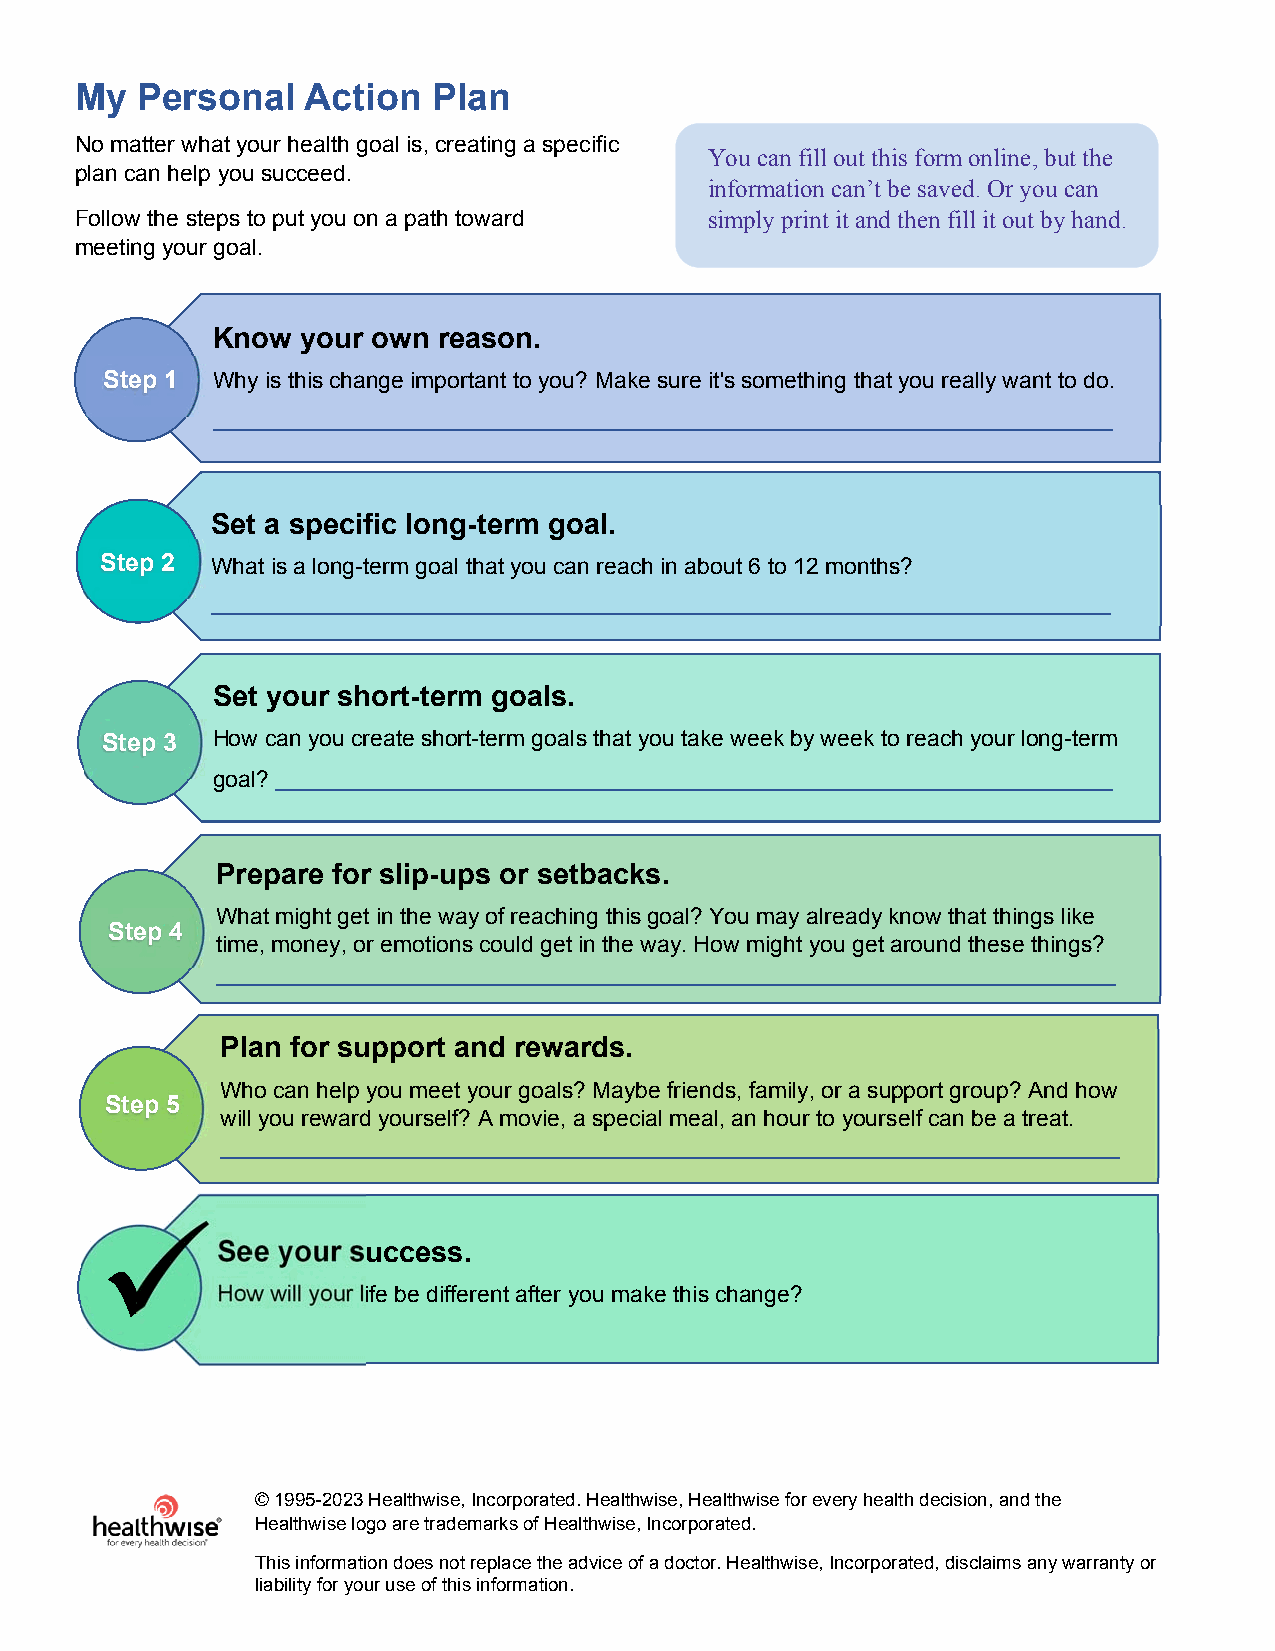
My  Personal   Action   Plan
 No matter what your health goal is, creating a specific
 You can fill out this form online, but the
 plan can help you succeed.
 information can’t be saved. Or you can
 Follow the steps to put you on a path toward simply print it and then fill it out by hand.
 meeting your goal.
 Know  your own reason.
 Step 1 Why is this change important to you? Make sure it's something that you really want to do.
 Set a specific long-term goal.
 Step 2 What is a long-term goal that you can reach in about 6 to 12 months?
 Set your short-term goals.
 Step 3 How can you create short-term goals that you take week by week to reach your long-term
 goal?
 Prepare for slip-ups or setbacks.
 What might get in the way of reaching this goal? You may already know that things like
 Step 4
 time, money, or emotions could get in the way. How might you get around these things?
 Plan for support and rewards.
 Who can help you meet your goals? Maybe friends, family, or a support group? And how
 Step 5
 will you reward yourself? A movie, a special meal, an hour to yourself can be a treat.
 
 See your success.
 How will your life be different after you make this change?
 © 1995-2023 Healthwise, Incorporated. Healthwise, Healthwise for every health decision, and the
 Healthwise logo are trademarks of Healthwise, Incorporated.
 This information does not replace the advice of a doctor. Healthwise, Incorporated, disclaims any warr anty or
 liability for your use of this information.